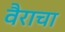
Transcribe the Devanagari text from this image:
वैराचा